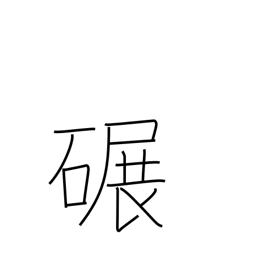
Meaning: grind